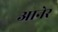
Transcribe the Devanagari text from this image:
आनेर